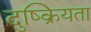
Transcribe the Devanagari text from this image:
दुष्क्रियता